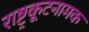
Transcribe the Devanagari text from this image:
राष्ट्रकूटनामक